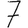
Digit: 7